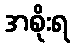
အစိုးရ